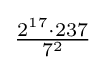
{\tfrac {2^{17}\cdot 237}{7^{2}}}